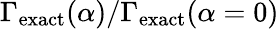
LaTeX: \Gamma_{\mathrm{exact}}(\alpha)/\Gamma_{\mathrm{exact}}(\alpha=0)